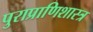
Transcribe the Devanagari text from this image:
पुराप्राणिशास्त्र